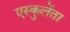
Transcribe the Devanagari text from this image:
एस्कुलेंता